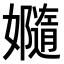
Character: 𫲙